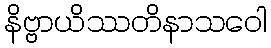
နိဗ္ဗာယိဿတိနာသဝေါ